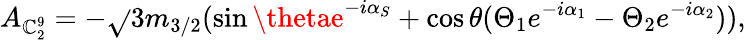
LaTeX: A_{\mathbb{C}_{2}^{9}}=-\sqrt{}{3}m_{3/2}(\sin\thetae^{-i\alpha_{S}}+\cos\theta(\Theta_{1}e^{-i\alpha_{1}}-\Theta_{2}e^{-i\alpha_{2}})),